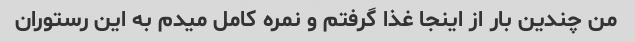
من چندین بار از اینجا غذا گرفتم و نمره کامل میدم به این رستوران